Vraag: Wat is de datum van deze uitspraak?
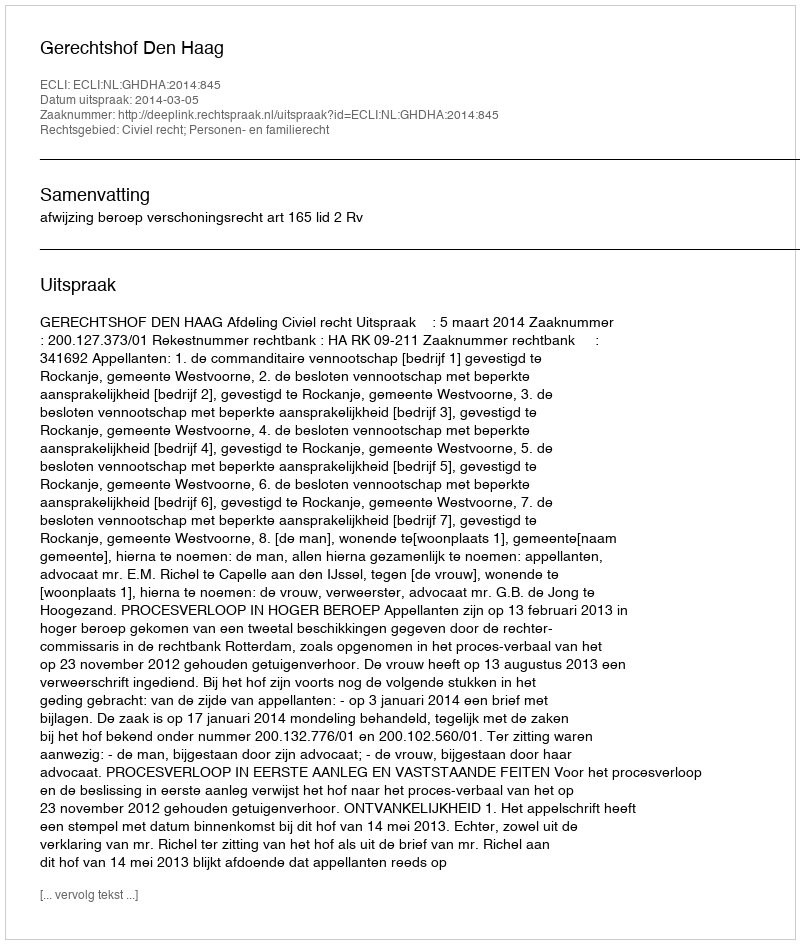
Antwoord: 2014-03-05